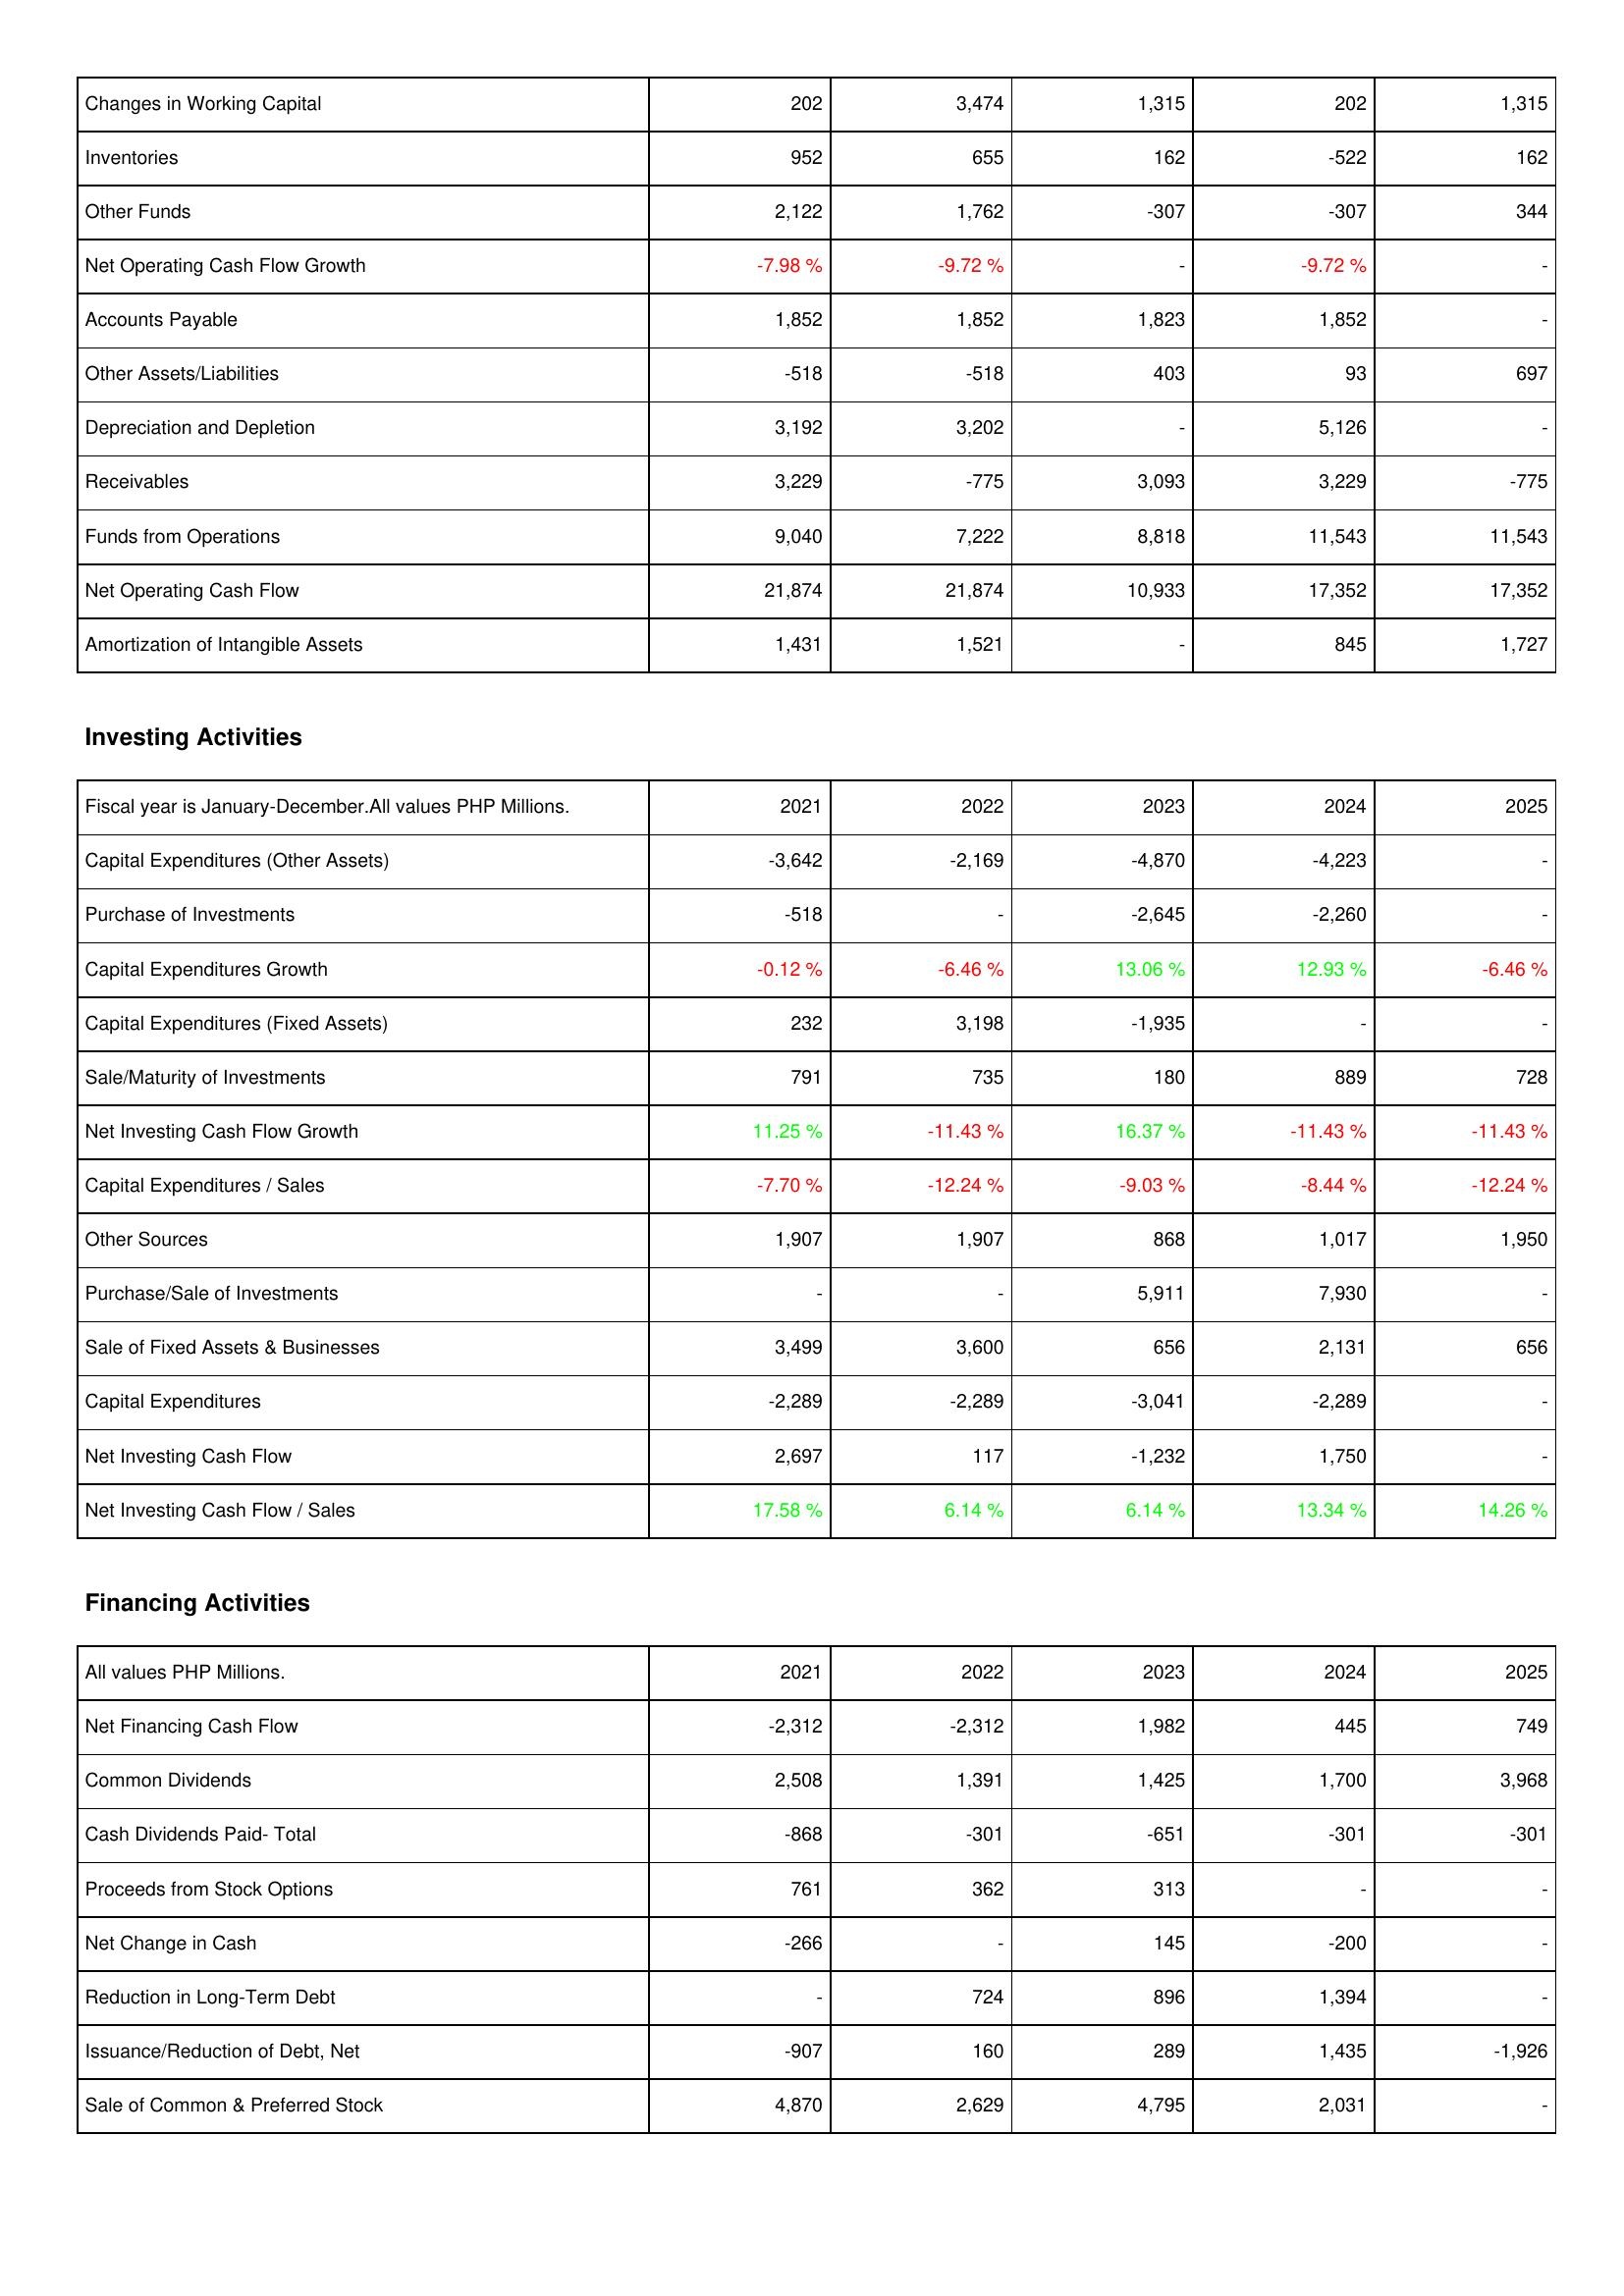
2021: Operating Activities: Changes in Working Capital: 202
Inventories: 952
Other Funds: 2,122
Net Operating Cash Flow Growth: -7.98 %
Accounts Payable: 1,852
Other Assets/Liabilities: -518
Depreciation and Depletion: 3,192
Receivables: 3,229
Funds from Operations: 9,040
Net Operating Cash Flow: 21,874
Amortization of Intangible Assets: 1,431
Investing Activities: Capital Expenditures (Other Assets): -3,642
Purchase of Investments: -518
Capital Expenditures Growth: -0.12 %
Capital Expenditures (Fixed Assets): 232
Sale/Maturity of Investments: 791
Net Investing Cash Flow Growth: 11.25 %
Capital Expenditures / Sales: -7.70 %
Other Sources: 1,907
Purchase/Sale of Investments: -
Sale of Fixed Assets & Businesses: 3,499
Capital Expenditures: -2,289
Net Investing Cash Flow: 2,697
Net Investing Cash Flow / Sales: 17.58 %
Financing Activities: Net Financing Cash Flow: -2,312
Common Dividends: 2,508
Cash Dividends Paid- Total: -868
Proceeds from Stock Options: 761
Net Change in Cash: -266
Reduction in Long-Term Debt: -
Issuance/Reduction of Debt, Net: -907
Sale of Common & Preferred Stock: 4,870
2022: Operating Activities: Changes in Working Capital: 3,474
Inventories: 655
Other Funds: 1,762
Net Operating Cash Flow Growth: -9.72 %
Accounts Payable: 1,852
Other Assets/Liabilities: -518
Depreciation and Depletion: 3,202
Receivables: -775
Funds from Operations: 7,222
Net Operating Cash Flow: 21,874
Amortization of Intangible Assets: 1,521
Investing Activities: Capital Expenditures (Other Assets): -2,169
Purchase of Investments: -
Capital Expenditures Growth: -6.46 %
Capital Expenditures (Fixed Assets): 3,198
Sale/Maturity of Investments: 735
Net Investing Cash Flow Growth: -11.43 %
Capital Expenditures / Sales: -12.24 %
Other Sources: 1,907
Purchase/Sale of Investments: -
Sale of Fixed Assets & Businesses: 3,600
Capital Expenditures: -2,289
Net Investing Cash Flow: 117
Net Investing Cash Flow / Sales: 6.14 %
Financing Activities: Net Financing Cash Flow: -2,312
Common Dividends: 1,391
Cash Dividends Paid- Total: -301
Proceeds from Stock Options: 362
Net Change in Cash: -
Reduction in Long-Term Debt: 724
Issuance/Reduction of Debt, Net: 160
Sale of Common & Preferred Stock: 2,629
2023: Operating Activities: Changes in Working Capital: 1,315
Inventories: 162
Other Funds: -307
Net Operating Cash Flow Growth: -
Accounts Payable: 1,823
Other Assets/Liabilities: 403
Depreciation and Depletion: -
Receivables: 3,093
Funds from Operations: 8,818
Net Operating Cash Flow: 10,933
Amortization of Intangible Assets: -
Investing Activities: Capital Expenditures (Other Assets): -4,870
Purchase of Investments: -2,645
Capital Expenditures Growth: 13.06 %
Capital Expenditures (Fixed Assets): -1,935
Sale/Maturity of Investments: 180
Net Investing Cash Flow Growth: 16.37 %
Capital Expenditures / Sales: -9.03 %
Other Sources: 868
Purchase/Sale of Investments: 5,911
Sale of Fixed Assets & Businesses: 656
Capital Expenditures: -3,041
Net Investing Cash Flow: -1,232
Net Investing Cash Flow / Sales: 6.14 %
Financing Activities: Net Financing Cash Flow: 1,982
Common Dividends: 1,425
Cash Dividends Paid- Total: -651
Proceeds from Stock Options: 313
Net Change in Cash: 145
Reduction in Long-Term Debt: 896
Issuance/Reduction of Debt, Net: 289
Sale of Common & Preferred Stock: 4,795
2024: Operating Activities: Changes in Working Capital: 202
Inventories: -522
Other Funds: -307
Net Operating Cash Flow Growth: -9.72 %
Accounts Payable: 1,852
Other Assets/Liabilities: 93
Depreciation and Depletion: 5,126
Receivables: 3,229
Funds from Operations: 11,543
Net Operating Cash Flow: 17,352
Amortization of Intangible Assets: 845
Investing Activities: Capital Expenditures (Other Assets): -4,223
Purchase of Investments: -2,260
Capital Expenditures Growth: 12.93 %
Capital Expenditures (Fixed Assets): -
Sale/Maturity of Investments: 889
Net Investing Cash Flow Growth: -11.43 %
Capital Expenditures / Sales: -8.44 %
Other Sources: 1,017
Purchase/Sale of Investments: 7,930
Sale of Fixed Assets & Businesses: 2,131
Capital Expenditures: -2,289
Net Investing Cash Flow: 1,750
Net Investing Cash Flow / Sales: 13.34 %
Financing Activities: Net Financing Cash Flow: 445
Common Dividends: 1,700
Cash Dividends Paid- Total: -301
Proceeds from Stock Options: -
Net Change in Cash: -200
Reduction in Long-Term Debt: 1,394
Issuance/Reduction of Debt, Net: 1,435
Sale of Common & Preferred Stock: 2,031
2025: Operating Activities: Changes in Working Capital: 1,315
Inventories: 162
Other Funds: 344
Net Operating Cash Flow Growth: -
Accounts Payable: -
Other Assets/Liabilities: 697
Depreciation and Depletion: -
Receivables: -775
Funds from Operations: 11,543
Net Operating Cash Flow: 17,352
Amortization of Intangible Assets: 1,727
Investing Activities: Capital Expenditures (Other Assets): -
Purchase of Investments: -
Capital Expenditures Growth: -6.46 %
Capital Expenditures (Fixed Assets): -
Sale/Maturity of Investments: 728
Net Investing Cash Flow Growth: -11.43 %
Capital Expenditures / Sales: -12.24 %
Other Sources: 1,950
Purchase/Sale of Investments: -
Sale of Fixed Assets & Businesses: 656
Capital Expenditures: -
Net Investing Cash Flow: -
Net Investing Cash Flow / Sales: 14.26 %
Financing Activities: Net Financing Cash Flow: 749
Common Dividends: 3,968
Cash Dividends Paid- Total: -301
Proceeds from Stock Options: -
Net Change in Cash: -
Reduction in Long-Term Debt: -
Issuance/Reduction of Debt, Net: -1,926
Sale of Common & Preferred Stock: -